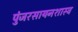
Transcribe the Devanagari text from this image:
पुंजरसायनशास्त्र